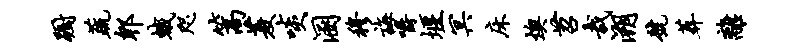
蹰蔬郫蛾咫篙菱啖溷穆诲嚼堰冥床燠苕哉溯号葬离